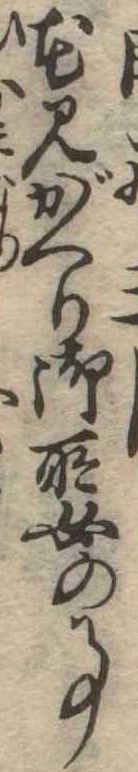
花見がへり御所女の事